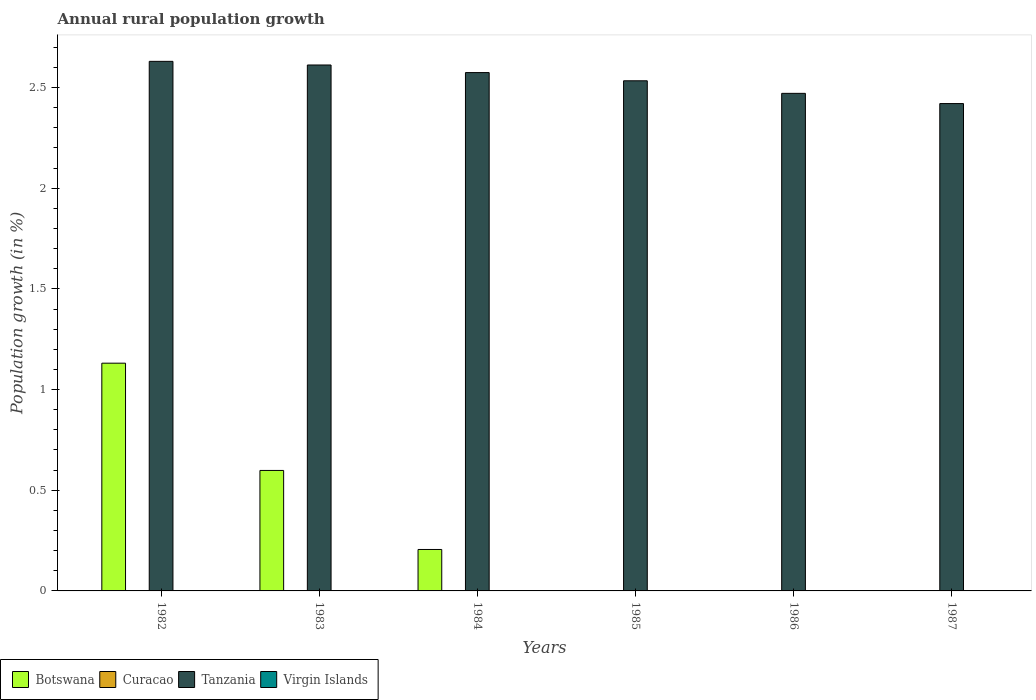
| Years | Botswana | Curacao | Tanzania | Virgin Islands |
 | --- | --- | --- | --- | --- |
 | 1982 | 1.13 | -0.731 | 2.63 | -0.626 |
 | 1983 | 0.598 | -1.02 | 2.61 | -2.73 |
 | 1984 | 0.206 | -1.22 | 2.57 | -0.945 |
 | 1985 | -0.182 | -1.23 | 2.53 | -5.69 |
 | 1986 | -0.617 | -1.77 | 2.47 | -5.27 |
 | 1987 | -1.08 | -2.54 | 2.42 | -5.32 |